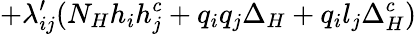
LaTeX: +{\lambda_{ij}^{\prime}}({N_{H}}{h_{i}}{h_{j}^{c}}+{q_{i}}{q_{j}}{\Delta_{H}}+{q_{i}}{l_{j}}{\Delta_{H}^{c}})